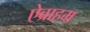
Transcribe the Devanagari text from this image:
ऐब्राहम